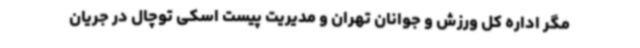
مگر اداره کل ورزش و جوانان تهران و مدیریت پیست اسکی توچال در جریان